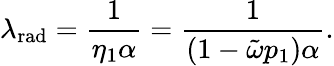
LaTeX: \lambda_{\mathrm{rad}}=\frac{1}{\eta_{1}\alpha}=\frac{1}{(1-\tilde{\omega}p_{1})\alpha}.